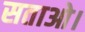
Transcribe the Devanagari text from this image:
सताओ।